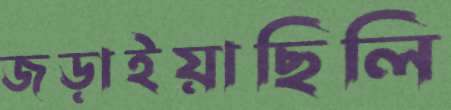
জড়াইয়াছিলি